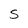
Character: S